Account of plague administration in the Bombay Presidency from September 1896 till May 1897
Year: 1896
Disease focus: Plague
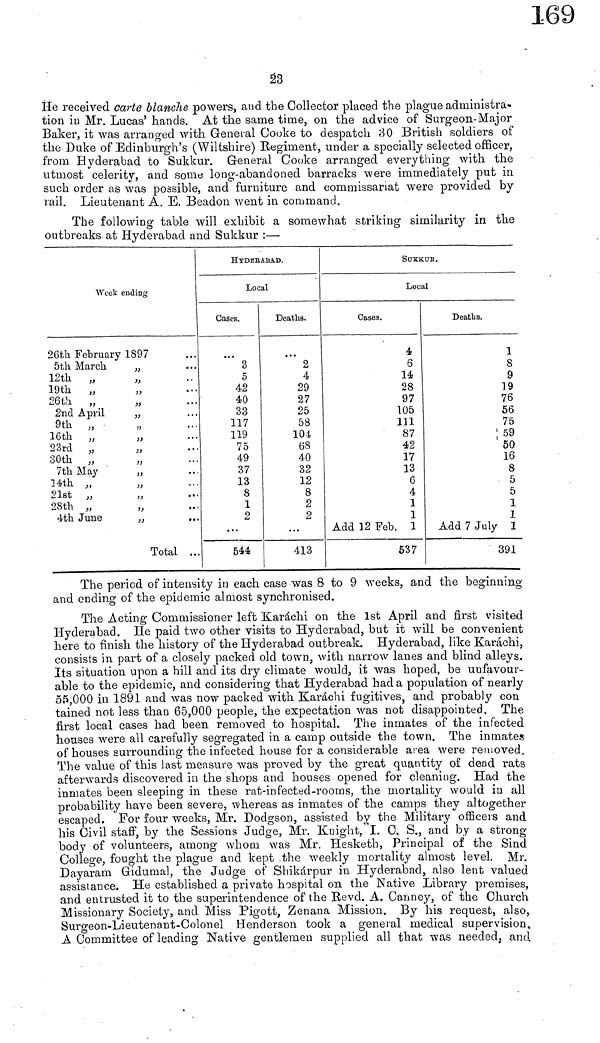
23
He received carte blanche powers, and the Collector placed the plague administra-
tion in Mr. Lucas' hands. At the same time, on the advice of Surgeon-Major
Baker, it was arranged with General Cooke to despatch 30 British soldiers of
the Duke of Edinburgh's (Wiltshire) Regiment, under a specially selected officer,
from Hyderabad to Sukkur. General Cooke arranged everything with the
utmost celerity, and some long-abandoned barracks were immediately put in
such order as was possible, and furniture and commissariat were provided by
rail. Lieutenant A. E. Beadon went in command.
The following table will exhibit a somewhat striking similarity in the
outbreaks at Hyderabad and Sukkur :—
Week ending
26th February 1897
5th March "
12th "
"
19th "
"
26th " "
2nd April
"
9th
"
"
16th "
"
23rd "
"
30th "
"
7th May
"
14th "
"
21st "
"
28th "
"
4th June "
Total
HYDERABAD.
Local
Cases.
3
5
42
40
33
117
119
75
49
37
13
8
1
2
544
Deaths.
2
4
29
27
25
58
104
68
40
32
12
8
2
2
413
SUKKUR.
Local
Cases.
4
6
14
28
97
105
111
87
42
17
13
6
4
1
1
Add 12 Feb. 1
537
Deaths.
1
8
9
19
76
56
75
59
50
16
8
5
5
1
1
Add 7 July 1
391
The period of intensity in each case was 8 to 9 weeks, and the beginning
and ending of the epidemic almost synchronised.
The Acting Commissioner left Karachi on the 1st April and first visited
Hyderabad. He paid two other visits to Hyderabad, but it will be convenient
here to finish the history of the Hyderabad outbreak. Hyderabad, like Karachi,
consists in part of a closely packed old town, with narrow lanes and blind alleys.
Its situation upon a hill and its dry climate would, it was hoped, be unfavour-
able to the epidemic, and considering that Hyderabad hada population of nearly
55,000 in 1891 and was now packed with Karachi fugitives, and probably con
tained not less than 65,000 people, the expectation was not disappointed. The
first local cases had been removed to hospital. The inmates of the infected
houses were all carefully segregated in a camp outside the town. The inmates
of houses surrounding the infected house for a considerable area were removed
afterwards discovered in the shops and houses opened for cleaning. Had the
inmates been sleeping in these rat-infected-rooms, the mortality would in all
probability have been severe, whereas as inmates of the camps they altogether
escaped. For four weeks, Mr. Dodgson, assisted by the Military officers and
his Civil staff, by the Sessions Judge, Mr. Knight, I. 0. S., and by a strong-
body of volunteers, among whom was Mr. Hesketh, Principal of the Sind
College, fought the plague and kept .the weekly mortality almost level. Mr.
Dayaram Gidumal, the Judge of Shikárpur in Hyderabad, also lent valued
assistance. He established a private hospital on the Native Library premises,
and entrusted it to the superintendence of the Revel. A. Canney, of the Church
Missionary Society, and Miss Pigott, Zenana Mission. By his request, also,
Surgeon-Lieutenant-Colonel Henderson took a general medical supervision"
A Committee of leading Native gentlemen supplied all that was needed, and